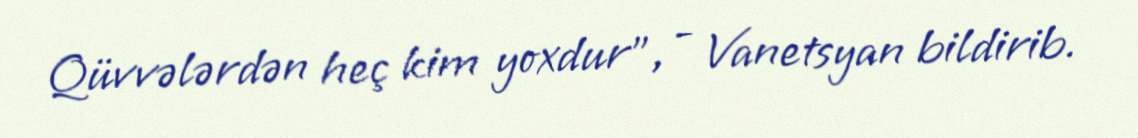
Qüvvələrdən heç kim yoxdur”, - Vanetsyan bildirib.